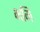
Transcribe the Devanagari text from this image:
भमि